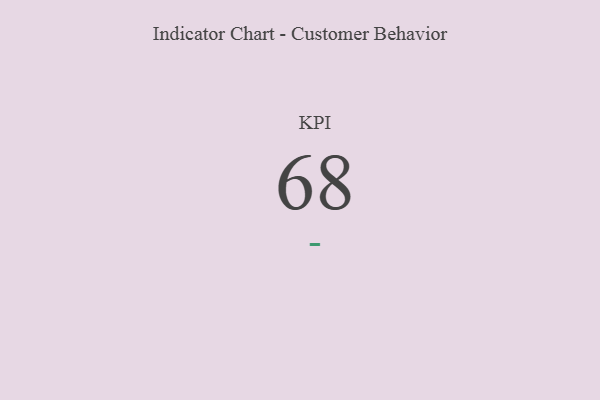
{"axis": {"x": "KPI", "y": "Value"}, "legend": [""], "data": [{"x": "KPI", "y": 68, "type": ""}]}